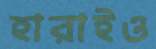
হারাইও